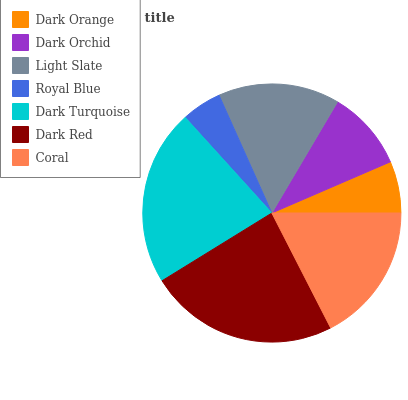
| Dark Orange | Dark Orchid | Light Slate | Royal Blue | Dark Turquoise | Dark Red | Coral |
 | --- | --- | --- | --- | --- | --- | --- |
 | 6.47% | 10% | 15.2% | 5.01% | 22.1% | 23.7% | 17.5% |